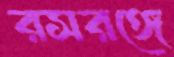
রসরঙ্গে